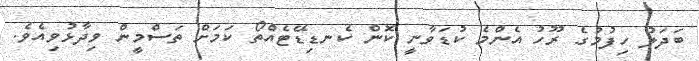
ބަދަލު ހިފުމުގެ ރޫހު އެންމެ ކުޑަވާނީ ކޮން ކެނޑިޑޭޓެއްތޯ ކަމަށް ތަސްމީން ވިދާޅުވިއެވެ.